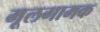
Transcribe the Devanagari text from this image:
मूलगामक